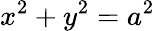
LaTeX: x^{2}+y^{2}=a^{2}